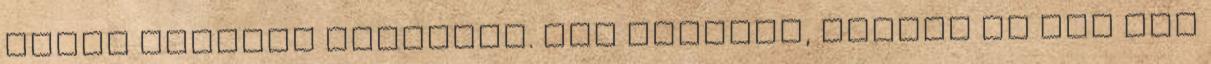
pedig akartam kérdezni. Jut eszembe, közben ha kér még